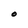
Character: O